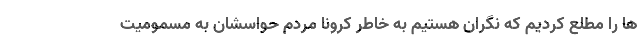
ها را مطلع کردیم که نگران هستیم به خاطر کرونا مردم حواسشان به مسمومیت